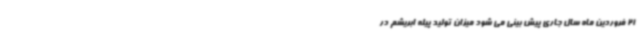
21 فروردین ماه سال جاری پیش بینی می شود میزان تولید پیله ابریشم در